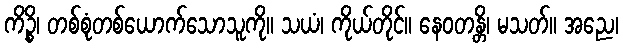
ကိဉ္စိ၊ တစ်စုံတစ်ယောက်သောသူကို။ သယံ၊ ကိုယ်တိုင်။ နေဝတန္တိ၊ မသတ်။ အညေ၊